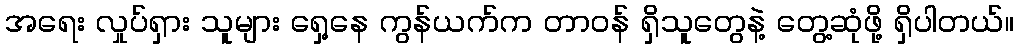
အရေး လှုပ်ရှား သူများ ရှေ့နေ ကွန်ယက်က တာဝန် ရှိသူတွေနဲ့ တွေ့ဆုံဖို့ ရှိပါတယ်။